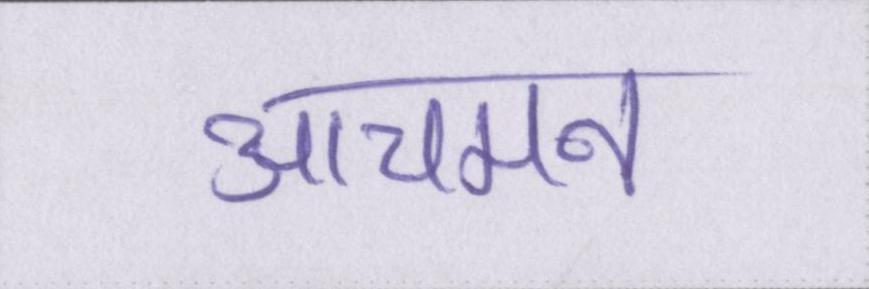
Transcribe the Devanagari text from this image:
आचमन